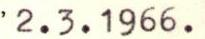
2.3.1966.